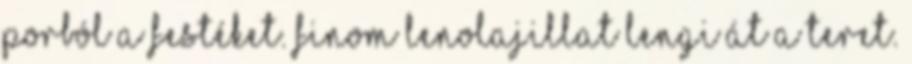
porból a festéket. Finom lenolajillat lengi át a teret.